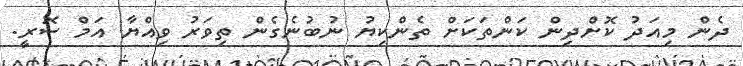
ދެން މިއަދު ކޮށްދިން ކަންތަކަށް ތެންކިޔު ނުބުނެގެން ތިވަރު ވިއްޔާ އަމް ސޮރީ.